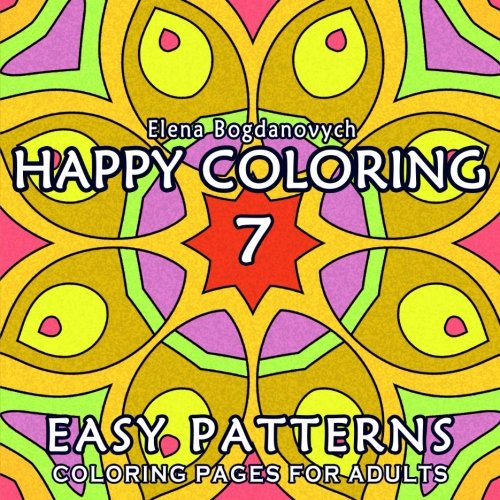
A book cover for Happy Coloring 7: Easy Patterns - Coloring Pages for Adults (Volume 7); Elena Bogdanovych; Crafts, Hobbies & Home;